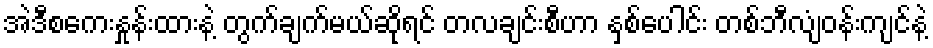
အဲဒီစကေးနှုန်းထားနဲ့ တွက်ချက်မယ်ဆိုရင် တလချင်းစီဟာ နှစ်ပေါင်း တစ်ဘီလျံဝန်းကျင်နဲ့